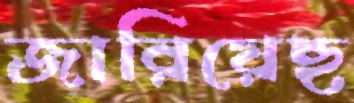
জারিয়েছ